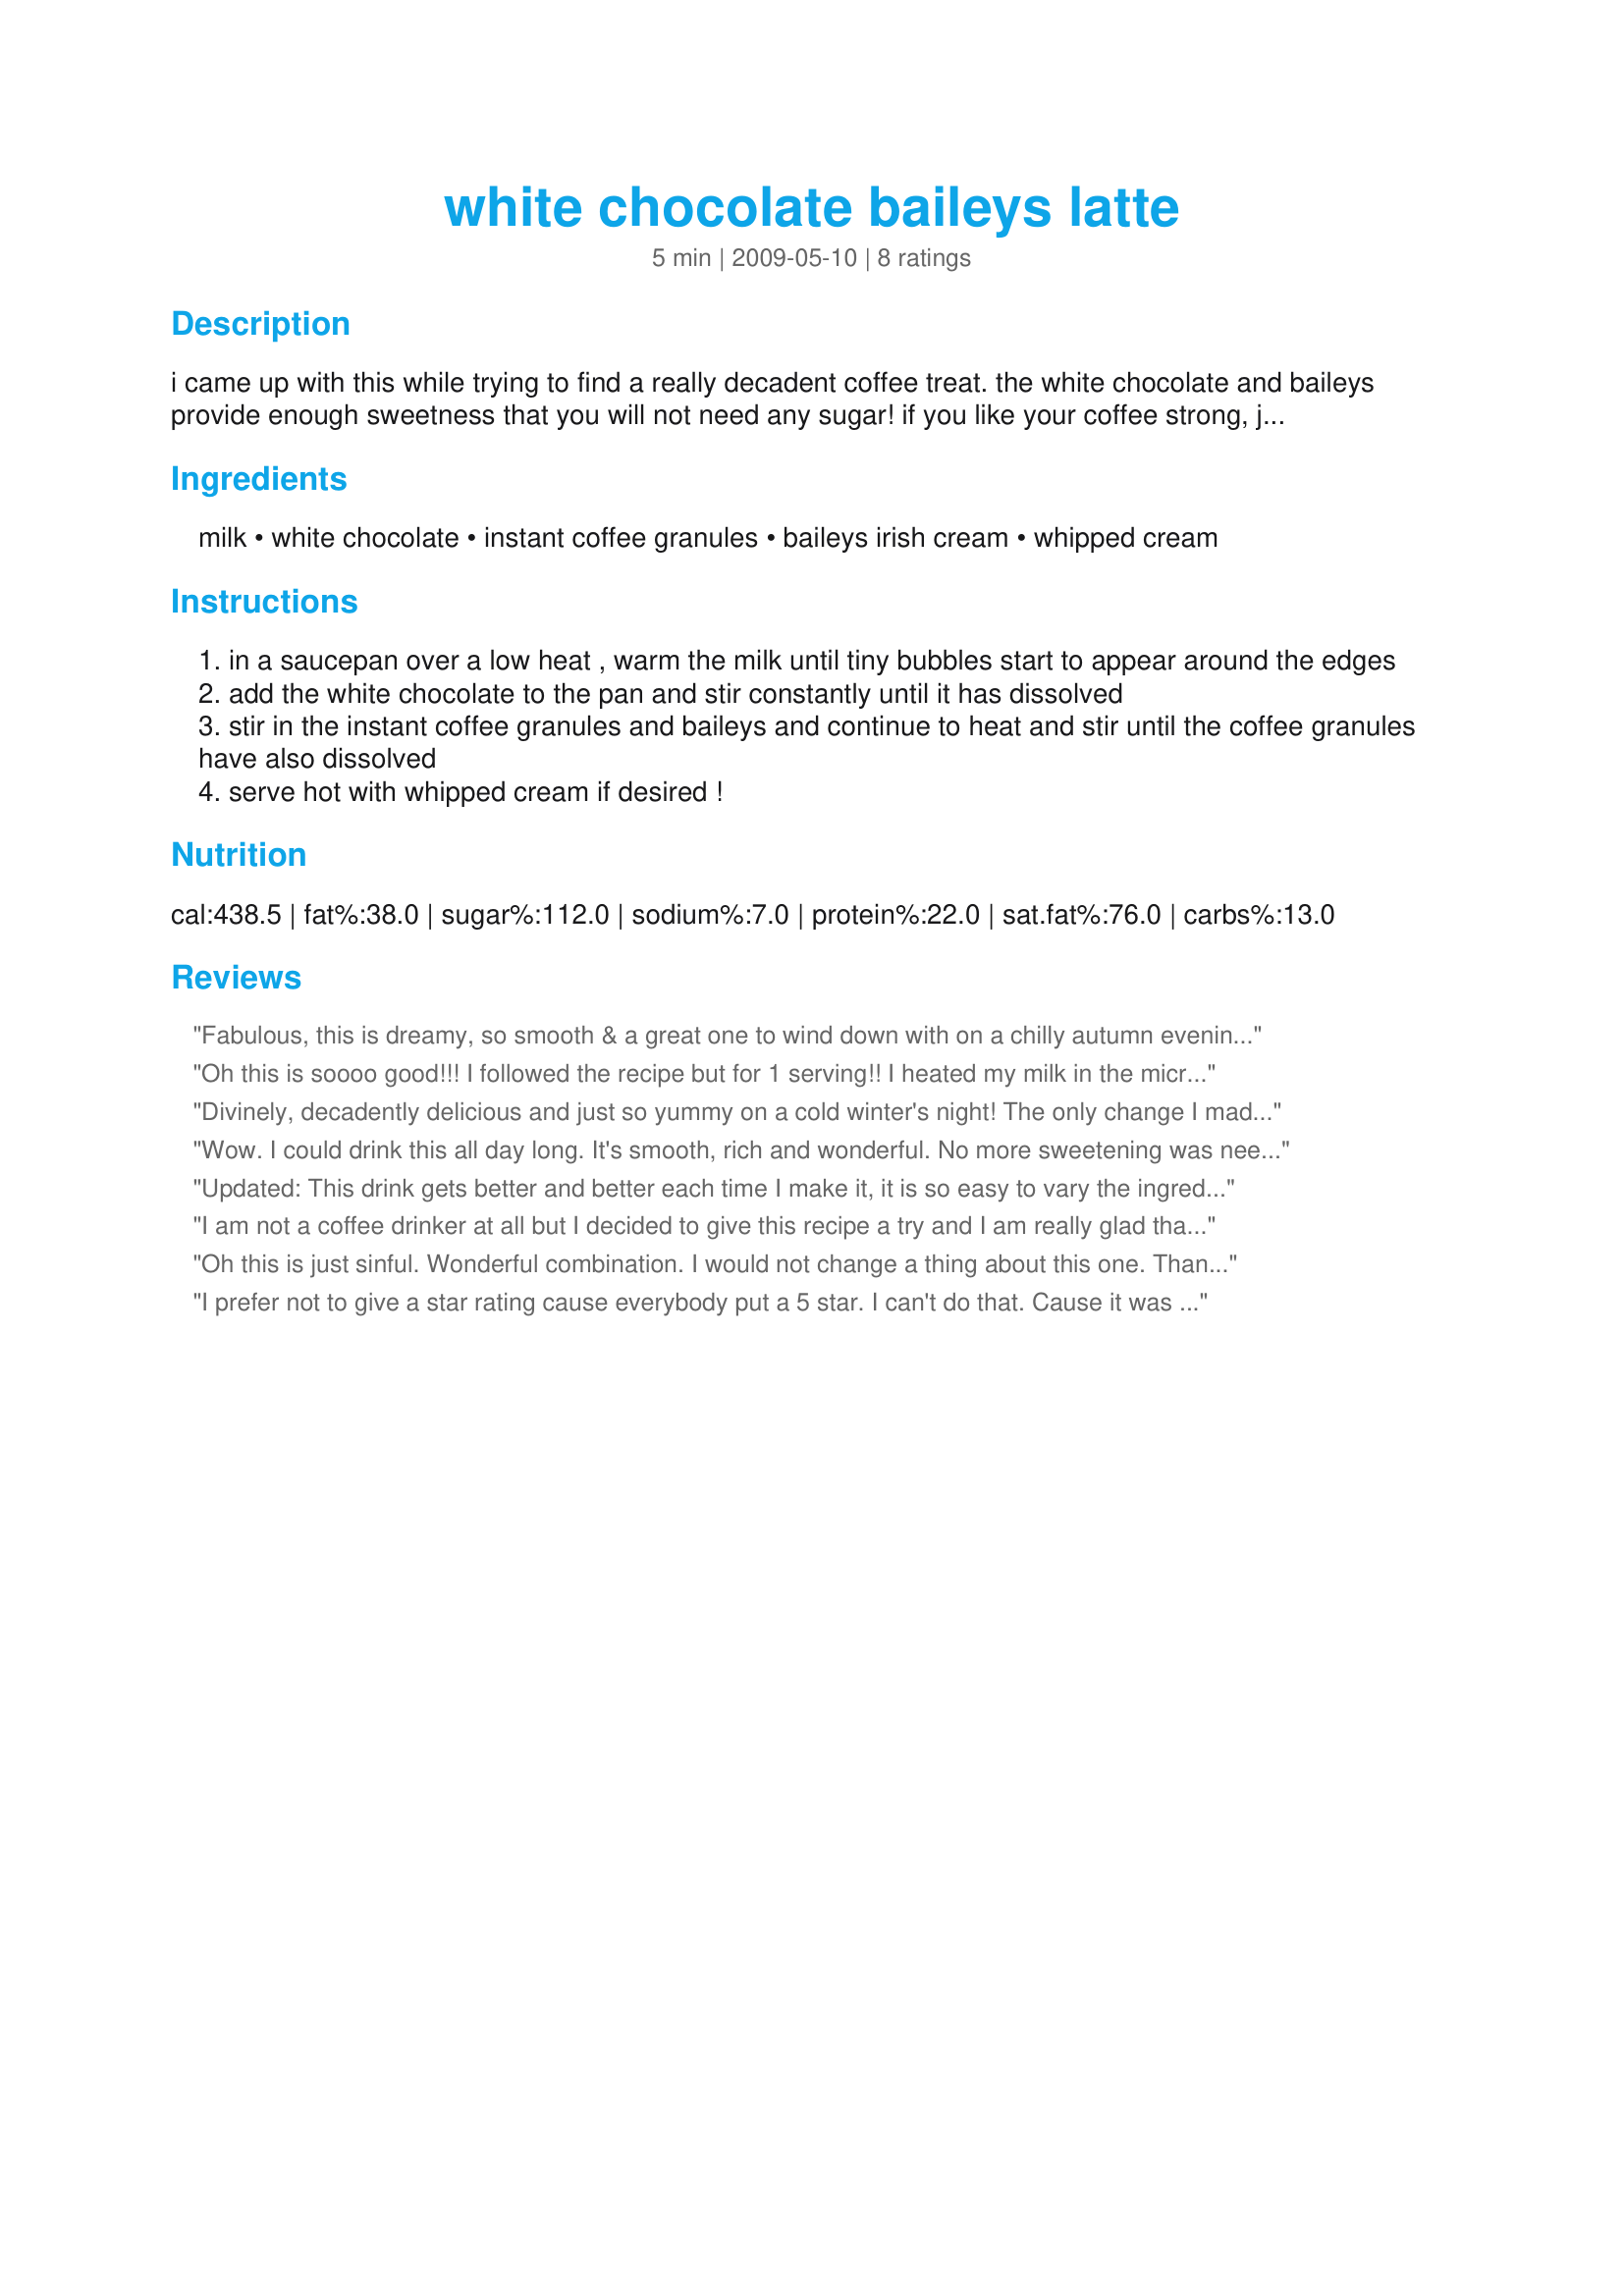
white chocolate baileys latte
Preparation time: 5 minutes

i came up with this while trying to find a really decadent coffee treat. the white chocolate and baileys provide enough sweetness that you will not need any sugar! if you like your coffee strong, just add more instant coffee granules.

Ingredients:
milk, white chocolate, instant coffee granules, baileys irish cream, whipped cream

Steps:
in a saucepan over a low heat , warm the milk until tiny bubbles start to appear around the edges
add the white chocolate to the pan and stir constantly until it has dissolved
stir in the instant coffee granules and baileys and continue to heat and stir until the coffee granules have also dissolved
serve hot with whipped cream if desired !

Reviews:
Fabulous, this is dreamy, so smooth & a great one to wind down with on a chilly autumn evening, thanks for posting!
Oh this is soooo good!!! I followed the recipe but for 1 serving!! I heated my milk in the microwave until it had some bubbles around the edge, then added the chocolate and coffee. I then added the baileys and heated it a bit more in microwave. Last night it rained all evening so it made for the perfect cooler summer night to try this latte!! Thanks for sharing Shuzbud, made for your win in the Summer Spectacular!!!
Divinely, decadently delicious and just so yummy on a cold winter's night! The only change I made was to use dark chocolate (personal taste preference) and since that is not as sweet as white chocolate, I added 1/2 teaspoon of sugar. Thank you so much for this recipe. Made for PRMR.
Wow. I could drink this all day long. It's smooth, rich and wonderful. No more sweetening was needed in any way at all. My only change was to use frothed skim milk as a topping in place of whipped cream. Yummmmmmmm
Updated: This drink gets better and better each time I make it, it is so easy to vary the ingredients and add more or less of what you enjoy. I make it exactly as written and wouldn't change a thing. <br/><br/>Delicious...simply... delicious. This is wicked, so decadent. I love the addition of the coffee to the cocoa. It really brings out the flavor of the Baileys for me. Rich, thick, creamy and oh so yummy. Thanks for sharing this winner. I keep coming back to this recipe again and again.
I am not a coffee drinker at all but I decided to give this recipe a try and I am really glad that I did. I didn't find it too sweet at all. Perhaps that comes down to the white chocolate you use. The type I used wasn't overly sweet on its own. I used skim milk because that is what I keep in the house and I used a store brand Irish cream instead of Baileys. It turned out really good and I ended up blogging about it on my weekendcarnivore.com blog. Made for PAC Spring 2010.
Oh this is just sinful. Wonderful combination. I would not change a thing about this one. Thanks Shuzbud. Made for Summer Spectacular 09 :)
I prefer not to give a star rating cause everybody put a 5 star. I can't do that. Cause it was too sweet and I had to add more instant coffee. I would have prefered it with less white chocolate and maybe less baileys cause both make it very sweet. I liked that it was creamy. Thanks Shuzbud :) Made for Holiday tag
